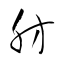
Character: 肪